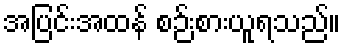
အပြင်းအထန် စဉ်းစားယူရသည်။